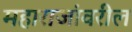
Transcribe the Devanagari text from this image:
महाराजांवरील